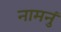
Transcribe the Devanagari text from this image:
नामनुं